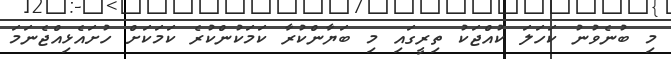
މި ބުނެވުނު ކަހަލަ ކުއްޖަކު ތިރީގައި މި ބަޔާންކުރާ ކަމަކުންކުރެ ކަމަކަށް ހުށައެޅިއްޖެނަމަ